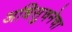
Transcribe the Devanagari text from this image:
अधिसुचनेचा